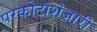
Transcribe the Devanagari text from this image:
परकोटाशेजारी